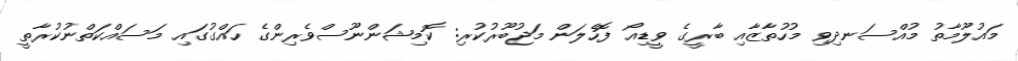
މައުލޫމާތު މުއްސަނދިވި މުހުތާޒާއި ބާރީގެ ވީޑިއޯ ފޮހެލަން މަޖުބޫރުކުރި: ކޮމިޝަންނޫސްވެރިންގެ ހައްގުގައި މަސައްކަތްނުކުރާތީ